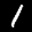
Label: 1